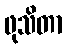
ဖုသိတာ